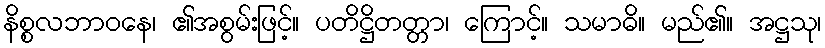
နိစ္စလဘာဝနေ၊ ၏အစွမ်းဖြင့်။ ပတိဋ္ဌိတတ္တာ၊ ကြောင့်။ သမာဓိ။ မည်၏။ အဋ္ဌသု၊